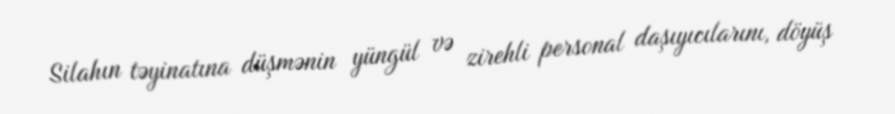
Silahın təyinatına düşmənin yüngül və zirehli personal daşıyıcılarını, döyüş